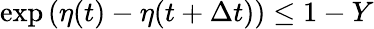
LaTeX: \exp{(\eta(t)-\eta(t+\Delta t))}\le 1-Y